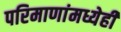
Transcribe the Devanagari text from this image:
परिमाणांमध्येही